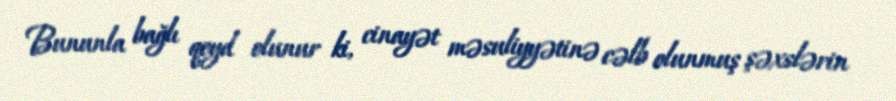
Bununla bağlı qeyd olunur ki, cinayət məsuliyyətinə cəlb olunmuş şəxslərin